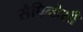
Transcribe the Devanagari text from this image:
सैपिन्डेसी